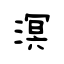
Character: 溟